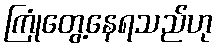
ကြုံတွေ့နေရသည်ဟု